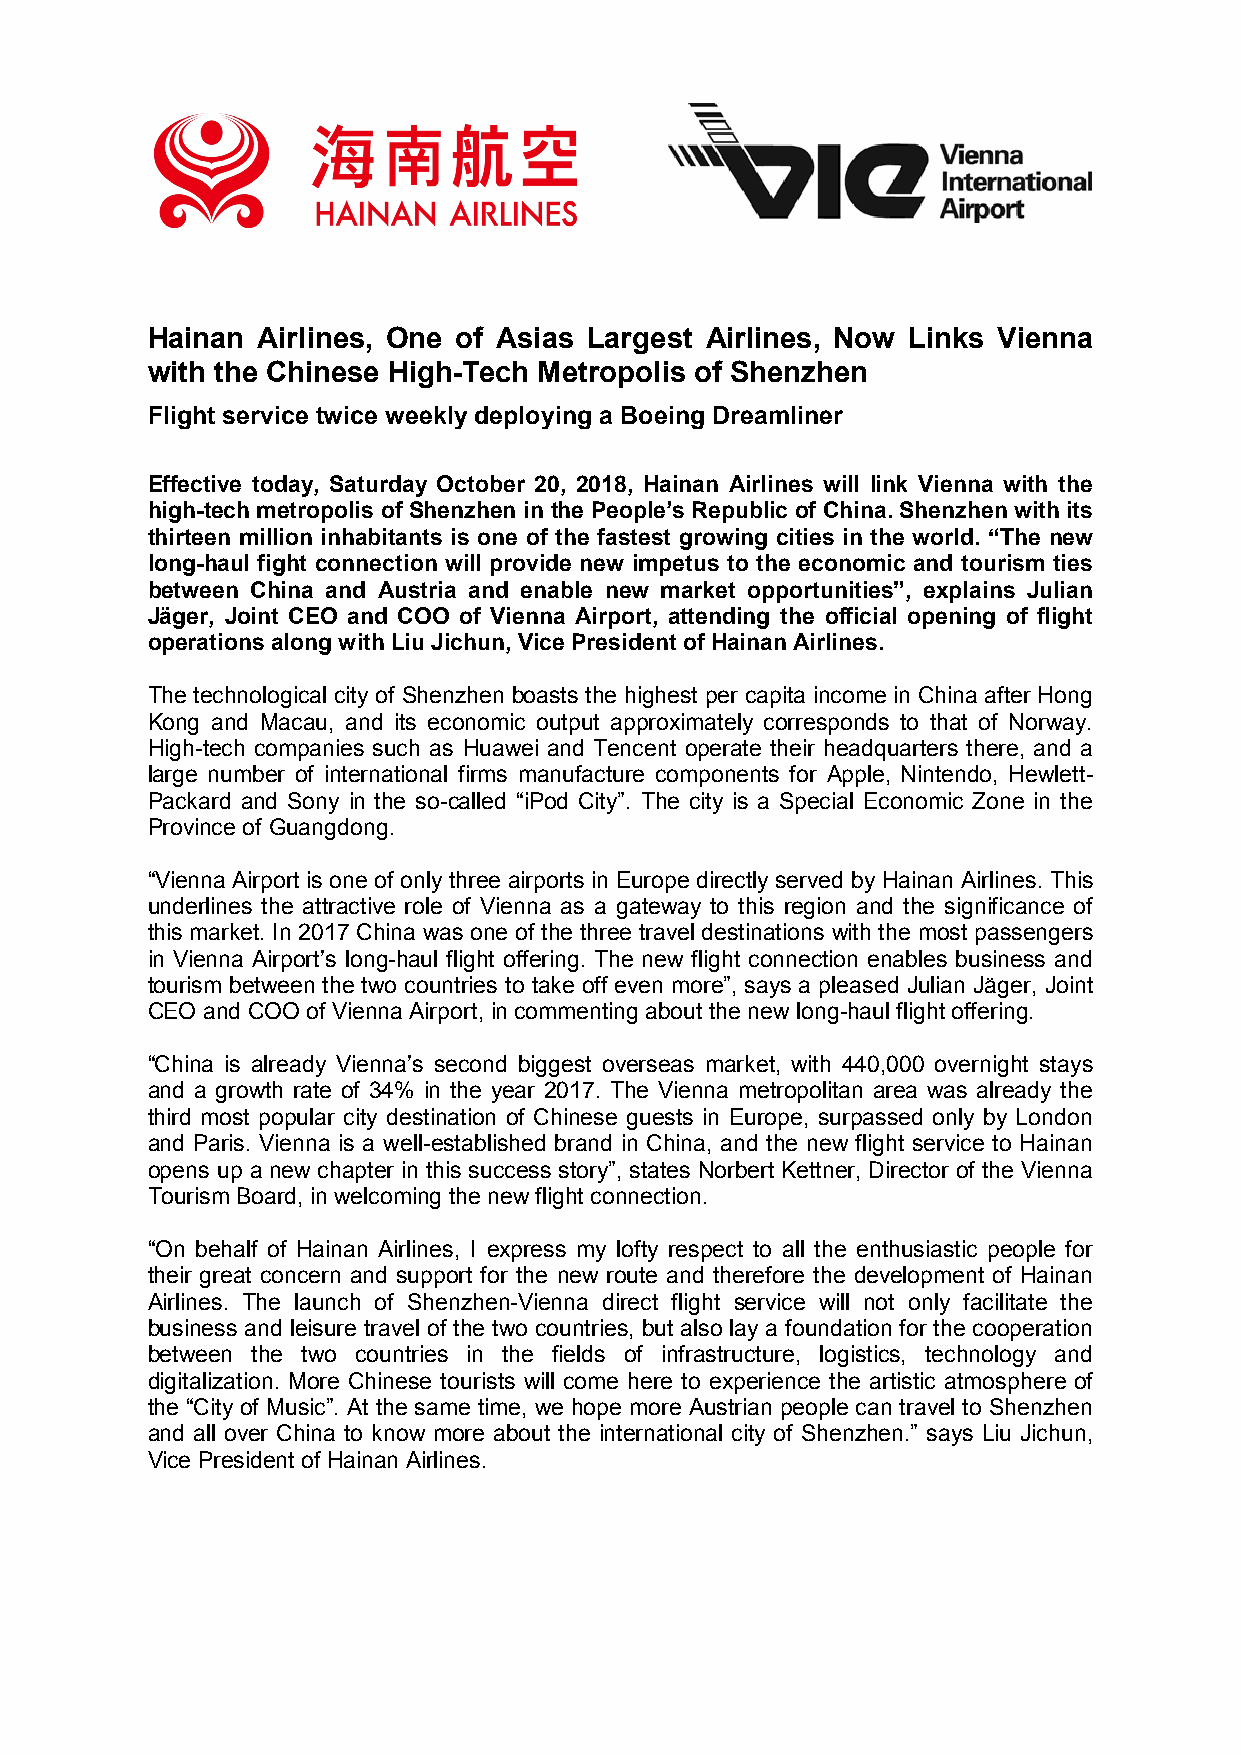
Hainan Airlines, One of Asias Largest Airlines, Now Links Vienna
 with the Chinese High-Tech Metropolis of Shenzhen
 Flight service twice weekly deploying a Boeing Dreamliner
 Effective today, Saturday October 20, 2018, Hainan Airlines will link Vienna with the
 high-tech metropolis of Shenzhen in the People’s Republic of China. Shenzhen with its
 thirteen million inhabitants is one of the fastest growing cities in the world. “The new
 long-haul fight connection will provide new impetus to the economic and tourism ties
 between China and Austria and enable new market opportunities”, explains Julian
 Jäger, Joint CEO and COO of Vienna Airport, attending the official opening of flight
 operations along with Liu Jichun, Vice President of Hainan Airlines.
 The technological city of Shenzhen boasts the highest per capita income in China after Hong
 Kong and Macau, and its economic output approximately corresponds to that of Norway.
 High-tech companies such as Huawei and Tencent operate their headquarters there, and a
 large number of international firms manufacture components for Apple, Nintendo, Hewlett-
 Packard and Sony in the so-called “iPod City”. The city is a Special Economic Zone in the
 Province of Guangdong.
 “Vienna Airport is one of only three airports in Europe directly served by Hainan Airlines. This
 underlines the attractive role of Vienna as a gateway to this region and the significance of
 this market. In 2017 China was one of the three travel destinations with the most passengers
 in Vienna Airport’s long-haul flight offering. The new flight connection enables business and
 tourism between the two countries to take off even more”, says a pleased Julian Jäger, Joint
 CEO and COO of Vienna Airport, in commenting about the new long-haul flight offering.
 “China is already Vienna’s second biggest overseas market, with 440,000 overnight stays
 and a growth rate of 34% in the year 2017. The Vienna metropolitan area was already the
 third most popular city destination of Chinese guests in Europe, surpassed only by London
 and Paris. Vienna is a well-established brand in China, and the new flight service to Hainan
 opens up a new chapter in this success story”, states Norbert Kettner, Director of the Vienna
 Tourism Board, in welcoming the new flight connection.
 “On behalf of Hainan Airlines, I express my lofty respect to all the enthusiastic people for
 their great concern and support for the new route and therefore the development of Hainan
 Airlines. The launch of Shenzhen-Vienna direct flight service will not only facilitate the
 business and leisure travel of the two countries, but also lay a foundation for the cooperation
 between the two countries in the fields of infrastructure, logistics, technology and
 digitalization. More Chinese tourists will come here to experience the artistic atmosphere of
 the “City of Music”. At the same time, we hope more Austrian people can travel to Shenzhen
 and all over China to know more about the international city of Shenzhen.” says Liu Jichun,
 Vice President of Hainan Airlines.